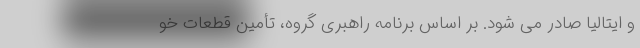
و ایتالیا صادر می شود. بر اساس برنامه راهبری گروه، تأمین قطعات خو